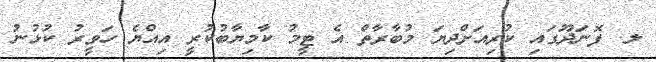
ލ. ފޮނަދޫގައި ކުރިއަށްދިޔަ މުބާރާތް އެ ޓީމު ކާމިޔާބުކުރީ އިއްޔެ ހަވީރު ކުޅުނު